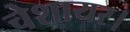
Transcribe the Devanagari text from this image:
चेशायर।